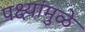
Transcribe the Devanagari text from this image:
पक्ष्यांमुळे